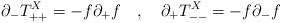
LaTeX: \begin{align*}\partial_- T^X_{++} = - f \partial_+ f \ \ \ , \ \ \ \partial_+ T^X_{--} = - f \partial_- f \end{align*}